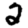
Digit: 2